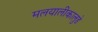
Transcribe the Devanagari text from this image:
मलयालीकालुडे